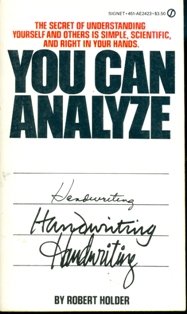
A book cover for You Can Analyze Handwriting: A Practical Tool for Self-Knowledge and Personal Power; Robert Holder; Self-Help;